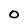
Character: 0